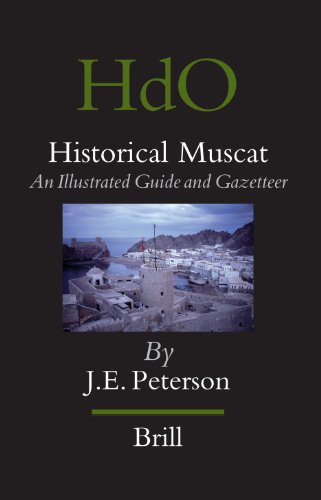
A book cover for Historical Muscat (Handbook of Oriental Studies); Peterson; History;